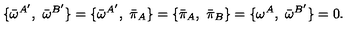
\{ { \bar { \omega } } ^ { A ^ { \prime } } , \ { \bar { \omega } } ^ { B ^ { \prime } } \} = \{ { \bar { \omega } } ^ { A ^ { \prime } } , \ { \bar { \pi } _ { A } } \} = \{ { \bar { \pi } _ { A } } , \ { \bar { \pi } _ { B } } \} = \{ { \omega } ^ { A } , \ { \bar { \omega } } ^ { B ^ { \prime } } \} = 0 .